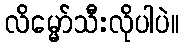
လိမ္မော်သီးလိုပါပဲ။